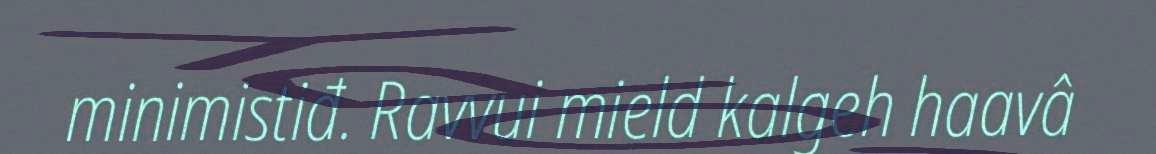
minimistiđ. Ravvui mield kalgeh haavâ